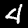
Digit: 4